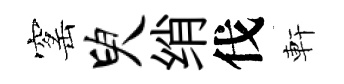
窰臾绡伐軒